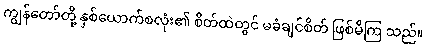
ကျွန်တော်တို့ နှစ်ယောက်စလုံး၏ စိတ်ထဲတွင် မခံချင်စိတ် ဖြစ်မိကြ သည်။